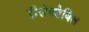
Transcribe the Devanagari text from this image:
रीसेक्टेबिल